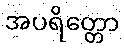
အပရိတ္တော